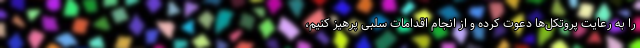
را به رعایت پروتکل‌ها دعوت کرده و از انجام اقدامات سلبی پرهیز کنیم،